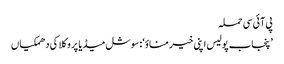
پی آئی سی حملہ
’پنجاب پولیس اپنی خیر مناؤ‘: سوشل میڈیا پر وکلا کی دھمکیاں